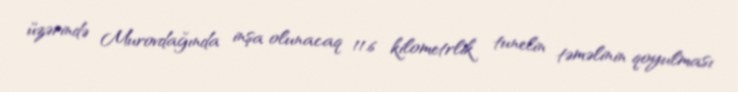
üzərində Murovdağında inşa olunacaq 11.6 kilometrlik tunelin təməlinin qoyulması